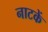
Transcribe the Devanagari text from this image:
नाटकें